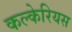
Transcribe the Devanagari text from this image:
कल्केरियस